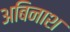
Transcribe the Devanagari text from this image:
अबिनाश